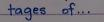
tages of ...